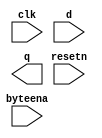
// Create 16 D flip-flops. It's sometimes useful to only modify parts of a group of flip-flops. The byte-enable inputs control whether each byte of the 16 registers should be written to on that cycle. byteena[1] controls the upper byte d[15:8], while byteena[0] controls the lower byte d[7:0].

// resetn is a synchronous, active-low reset.

// All DFFs should be triggered by the positive edge of clk.

module top_module (
    input clk,
    input resetn,
    input [1:0] byteena,
    input [15:0] d,
    output [15:0] q
);

	//Insert your code here

endmodule